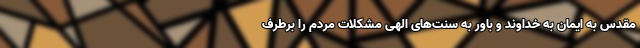
مقدس به ایمان به خداوند و باور به سنت‌های الهی مشکلات مردم را برطرف